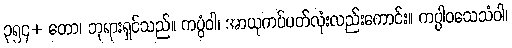
၃၅၄+ တော၊ ဘုရားရှင်သည်။ ကပ္ပံဝါ၊ အာယုကပ်ပတ်လုံးလည်းကောင်း။ ကပ္ပါဝသေသံဝါ၊